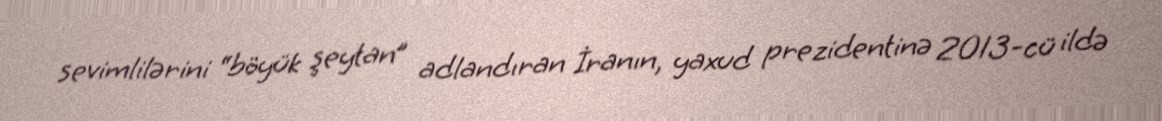
sevimlilərini “böyük şeytan” adlandıran İranın, yaxud prezidentinə 2013-cü ildə